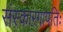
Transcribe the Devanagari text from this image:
संस्कारगापतिः